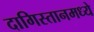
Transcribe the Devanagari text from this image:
दागिस्तानमध्ये